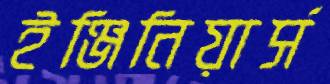
ইঞ্জিনিয়ার্স